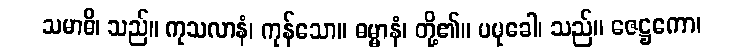
သမာဓိ၊ သည်။ ကုသလာနံ၊ ကုန်သော။ ဓမ္မာနံ၊ တို့၏။ ပမုခေါ၊ သည်။ ဇေဋ္ဌကော၊